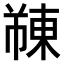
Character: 𫉓